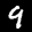
Label: 9